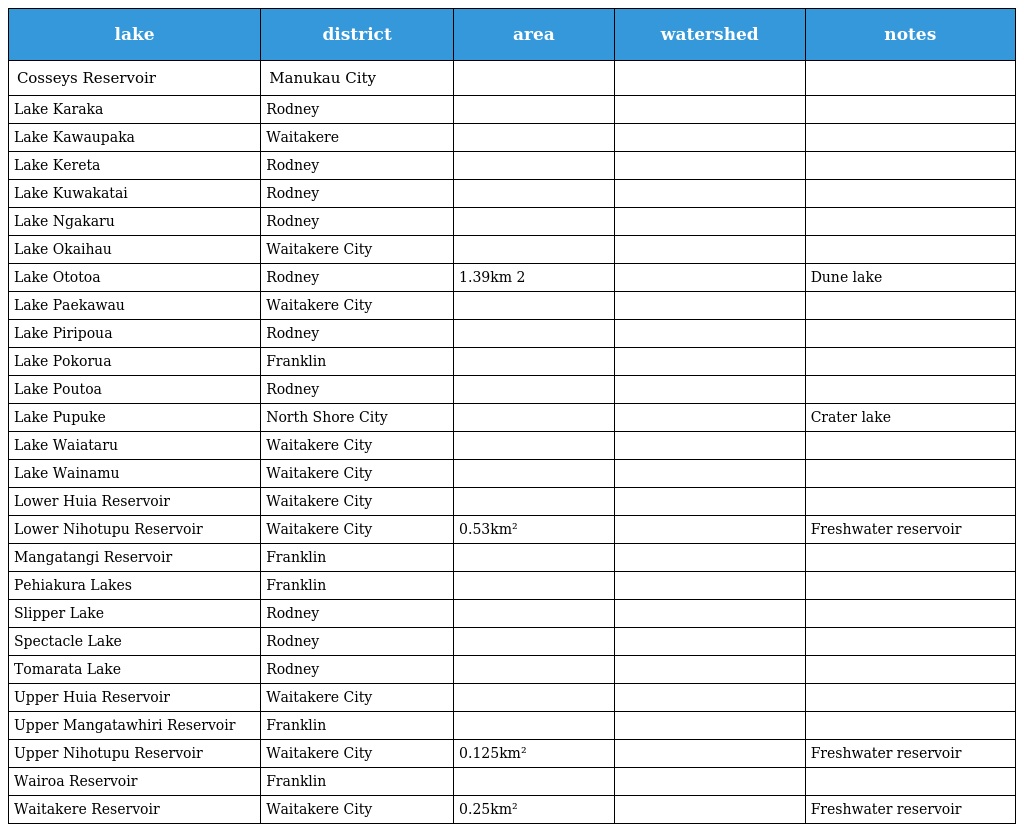
| lake | district | area | watershed | notes |
 | --- | --- | --- | --- | --- |
 | Cosseys Reservoir | Manukau City |  |  |  |
 | Lake Karaka | Rodney |  |  |  |
 | Lake Kawaupaka | Waitakere |  |  |  |
 | Lake Kereta | Rodney |  |  |  |
 | Lake Kuwakatai | Rodney |  |  |  |
 | Lake Ngakaru | Rodney |  |  |  |
 | Lake Okaihau | Waitakere City |  |  |  |
 | Lake Ototoa | Rodney | 1.39km 2 |  | Dune lake |
 | Lake Paekawau | Waitakere City |  |  |  |
 | Lake Piripoua | Rodney |  |  |  |
 | Lake Pokorua | Franklin |  |  |  |
 | Lake Poutoa | Rodney |  |  |  |
 | Lake Pupuke | North Shore City |  |  | Crater lake |
 | Lake Waiataru | Waitakere City |  |  |  |
 | Lake Wainamu | Waitakere City |  |  |  |
 | Lower Huia Reservoir | Waitakere City |  |  |  |
 | Lower Nihotupu Reservoir | Waitakere City | 0.53km² |  | Freshwater reservoir |
 | Mangatangi Reservoir | Franklin |  |  |  |
 | Pehiakura Lakes | Franklin |  |  |  |
 | Slipper Lake | Rodney |  |  |  |
 | Spectacle Lake | Rodney |  |  |  |
 | Tomarata Lake | Rodney |  |  |  |
 | Upper Huia Reservoir | Waitakere City |  |  |  |
 | Upper Mangatawhiri Reservoir | Franklin |  |  |  |
 | Upper Nihotupu Reservoir | Waitakere City | 0.125km² |  | Freshwater reservoir |
 | Wairoa Reservoir | Franklin |  |  |  |
 | Waitakere Reservoir | Waitakere City | 0.25km² |  | Freshwater reservoir |